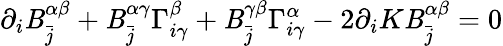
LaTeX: \partial_{i}\mathit{B}_{\bar{{j}}}^{\alpha\beta}+\mathit{B}_{\bar{{j}}}^{\alpha\gamma}\Gamma_{i\gamma}^{\beta}+\mathit{B}_{\bar{{j}}}^{\gamma\beta}\Gamma_{i\gamma}^{\alpha}-2\partial_{i}K\mathit{B}_{\bar{{j}}}^{\alpha\beta}=0